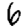
Digit: 6